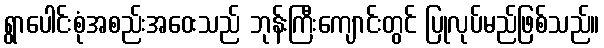
ရွာပေါင်းစုံအစည်းအဝေးသည် ဘုန်းကြီးကျောင်းတွင် ပြုလုပ်မည်ဖြစ်သည်။